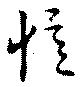
憶